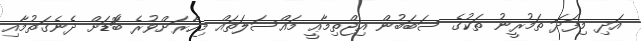
އަދި މިފަދަ ތަމުރީނު ތަކުގެ ސަބަބުން އިޖްތިމާޢީ މައްސަލަތައް މިހާރަށްވުރެ ބޮަޑަށް ދެނެގަތުމާއި